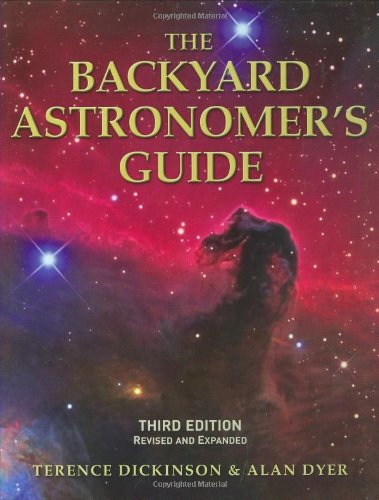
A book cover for The Backyard Astronomer's Guide; Terence Dickinson; Arts & Photography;